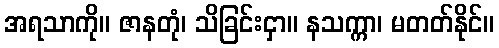
အရသာကို။ ဇာနတုံ၊ သိခြင်းငှာ။ နသက္ကာ၊ မတတ်နိုင်။